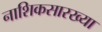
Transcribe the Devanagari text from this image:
नाशिकसारख्या